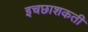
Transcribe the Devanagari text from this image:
इचछाशकती